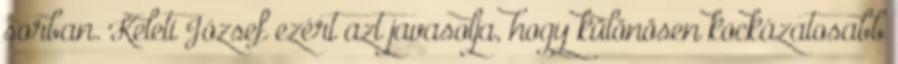
sorban. Keleti József ezért azt javasolja, hogy különösen kockázatosabb